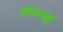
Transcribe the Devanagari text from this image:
शोषणही